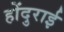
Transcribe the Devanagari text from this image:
होंदुराई